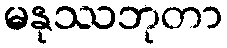
မနုဿဘုတာ